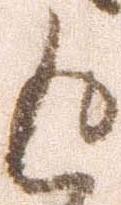
返